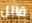
قاتل